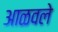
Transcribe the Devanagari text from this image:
आळवले